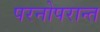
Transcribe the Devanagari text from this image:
परनोपरान्त